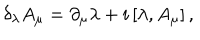
LaTeX: \delta _ { \lambda } { A } _ { \mu } = \partial _ { \mu } { \lambda } + i \left[ \lambda , { A } _ { \mu } \right] ,